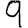
Digit: 9